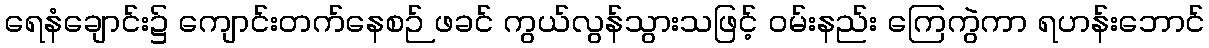
ရေနံချောင်း၌ ကျောင်းတက်နေစဉ် ဖခင် ကွယ်လွန်သွားသဖြင့် ဝမ်းနည်း ကြေကွဲကာ ရဟန်းဘောင်